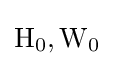
\mathrm {H} _{0},\mathrm {W} _{0}